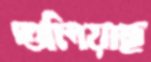
গুলিয়াছ